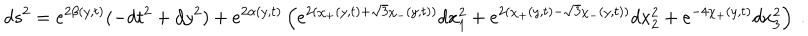
d s ^ { 2 } = e ^ { 2 \beta ( y , t ) } ( - d t ^ { 2 } + d y ^ { 2 } ) + e ^ { 2 \alpha ( y , t ) } \left( e ^ { 2 ( \chi _ { + } ( y , t ) + \sqrt { 3 } \chi _ { - } ( y , t ) ) } d x _ { 1 } ^ { 2 } + e ^ { 2 ( \chi _ { + } ( y , t ) - \sqrt { 3 } \chi _ { - } ( y , t ) ) } d x _ { 2 } ^ { 2 } + e ^ { - 4 \chi _ { + } ( y , t ) } d x _ { 3 } ^ { 2 } \right) \ .